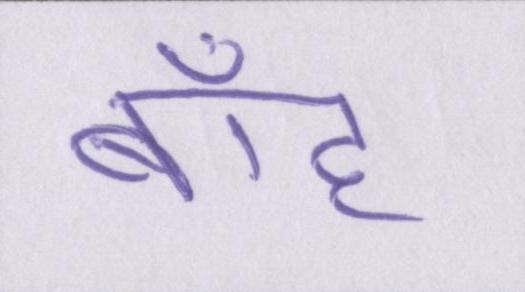
बाँह